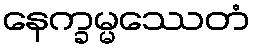
နေက္ခမ္မဿေတံ